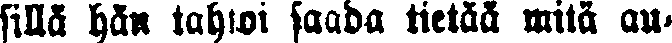
sillä hän tahtoi saada tietää mitä au-